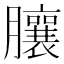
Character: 䑋